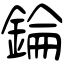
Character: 錀